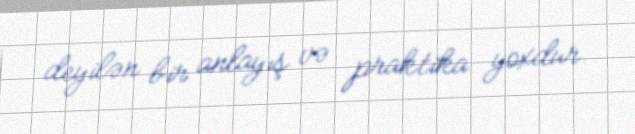
deyilən bir anlayış və praktika yoxdur.